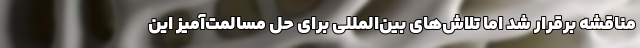
مناقشه برقرار شد اما تلاش‌های بین‌المللی برای حل مسالمت‌آمیز این